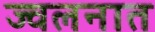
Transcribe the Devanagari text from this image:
ज्वलनात